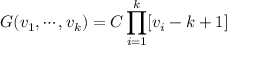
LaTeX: G ( v _ { 1 } , \cdots , v _ { k } ) = C \prod _ { i = 1 } ^ { k } [ v _ { i } - k + 1 ]